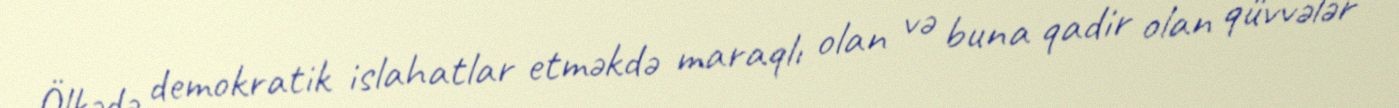
Ölkədə demokratik islahatlar etməkdə maraqlı olan və buna qadir olan qüvvələr